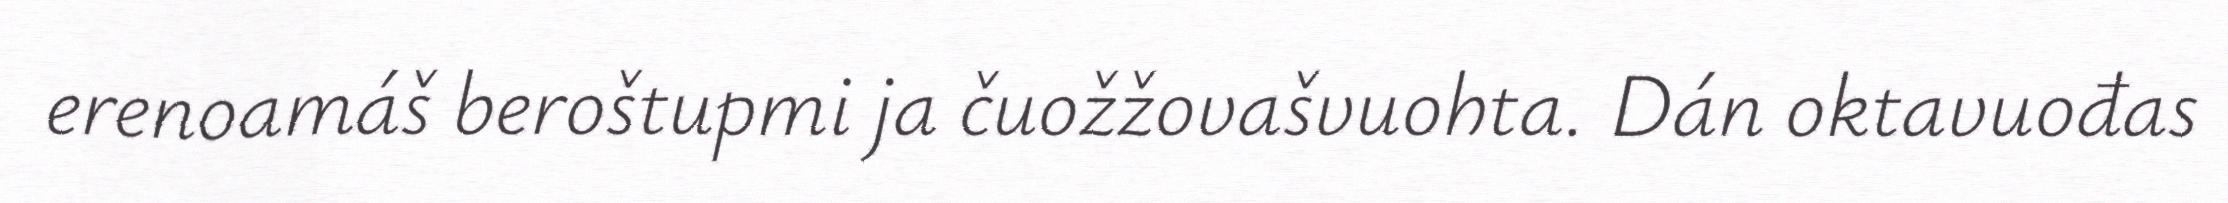
erenoamáš beroštupmi ja čuožžovašvuohta. Dán oktavuođas